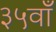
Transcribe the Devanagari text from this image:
३५वाँ